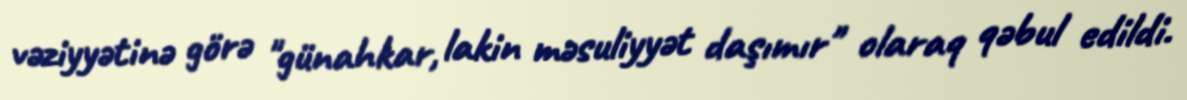
vəziyyətinə görə "günahkar, lakin məsuliyyət daşımır" olaraq qəbul edildi.